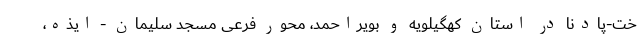
خت-پادنا در استان کهگیلویه و بویراحمد، محور فرعی مسجد سلیمان - ایذه،